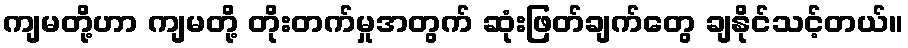
ကျမတို့ဟာ ကျမတို့ တိုးတက်မှုအတွက် ဆုံးဖြတ်ချက်တွေ ချနိုင်သင့်တယ်။